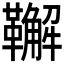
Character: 𩍝